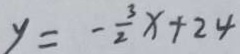
y = - \frac { 3 } { 2 } x + 2 4